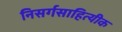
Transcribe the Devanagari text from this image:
निसर्गसाहित्यीक